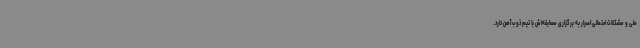
ملی و مشکلات احتمالی اصرار به برگزاری مسابقه‌اش با تیم ذوب آهن دارد.